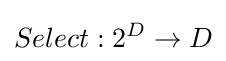
Select:2^{D}\rightarrow D